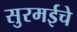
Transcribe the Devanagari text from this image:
सुरमईचे